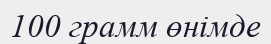
100 грамм өнімде